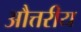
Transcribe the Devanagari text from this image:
औत्तरीय